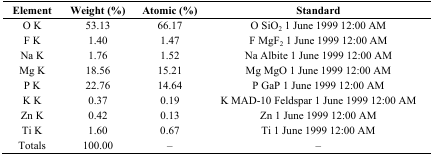
<table><thead><tr><td><b>Element</b></td><td><b>Weight (%)</b></td><td><b>Atomic (%)</b></td><td><b>Standard</b></td></tr></thead><tbody><tr><td>O K</td><td>53.13</td><td>66.17</td><td>O SiO<sub>2</sub> 1 June 1999 12:00 AM</td></tr><tr><td>F K</td><td>1.40</td><td>1.47</td><td>F MgF<sub>2</sub> 1 June 1999 12:00 AM</td></tr><tr><td>Na K</td><td>1.76</td><td>1.52</td><td>Na Albite 1 June 1999 12:00 AM</td></tr><tr><td>Mg K</td><td>18.56</td><td>15.21</td><td>Mg MgO 1 June 1999 12:00 AM</td></tr><tr><td>P K</td><td>22.76</td><td>14.64</td><td>P GaP 1 June 1999 12:00 AM</td></tr><tr><td>K K</td><td>0.37</td><td>0.19</td><td>K MAD-10 Feldspar 1 June 1999 12:00 AM</td></tr><tr><td>Zn K</td><td>0.42</td><td>0.13</td><td>Zn 1 June 1999 12:00 AM</td></tr><tr><td>Ti K</td><td>1.60</td><td>0.67</td><td>Ti 1 June 1999 12:00 AM</td></tr><tr><td>Totals</td><td>100.00</td><td>–</td><td>–</td></tr></tbody></table>